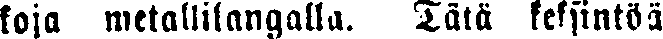
koja metallilangalla. Tätä keksintöä